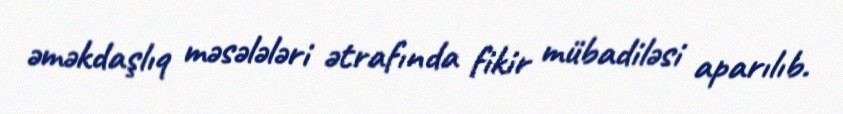
əməkdaşlıq məsələləri ətrafında fikir mübadiləsi aparılıb.